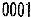
0001